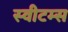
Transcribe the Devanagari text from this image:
स्वीटम्स